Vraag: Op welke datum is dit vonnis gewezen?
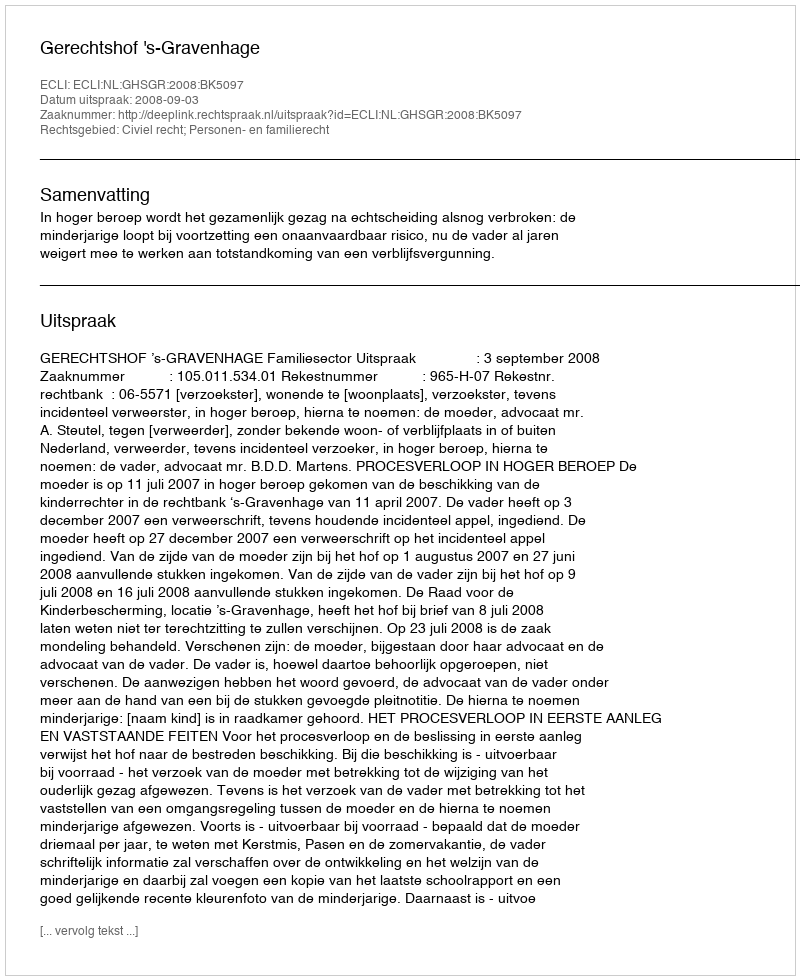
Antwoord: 2008-09-03